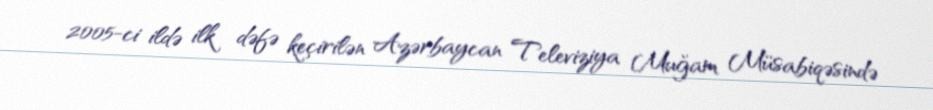
2005-ci ildə ilk dəfə keçirilən Azərbaycan Televiziya Muğam Müsabiqəsində